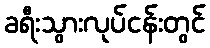
ခရီးသွားလုပ်ငန်းတွင်